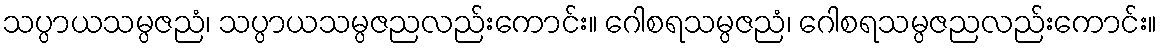
သပ္ပာယသမ္ပဇညံ၊ သပ္ပာယသမ္ပဇညလည်းကောင်း။ ဂေါစရသမ္ပဇညံ၊ ဂေါစရသမ္ပဇညလည်းကောင်း။